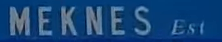
MEKNES_Est